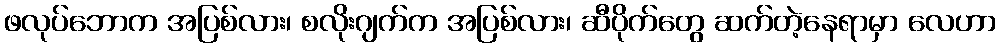
ဖလုပ်ဘောက အပြစ်လား၊ စလိုးဂျက်က အပြစ်လား၊ ဆီပိုက်တွေ ဆက်တဲ့နေရာမှာ လေဟာ